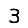
Digit: 3